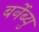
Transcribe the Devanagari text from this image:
बर्नेब्यु